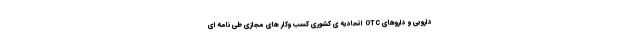
دارویی و داروهای OTC اتحادیه ی کشوری کسب وکار های مجازی طی نامه ای